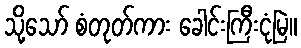
သို့သော် စံတုတ်ကား ခေါင်းကြီးငုံမြဲ။